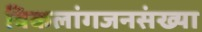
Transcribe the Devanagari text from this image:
विकलांगजनसंख्या